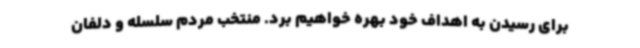
برای رسیدن به اهداف خود بهره خواهیم برد. منتخب مردم سلسله و دلفان